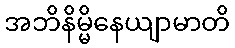
အဘိနိမ္မိနေယျာမာတိ